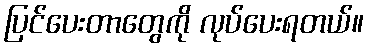
ပြင်ပေးတာတွေကို လုပ်ပေးရတယ်။